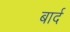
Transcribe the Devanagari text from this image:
बार्द